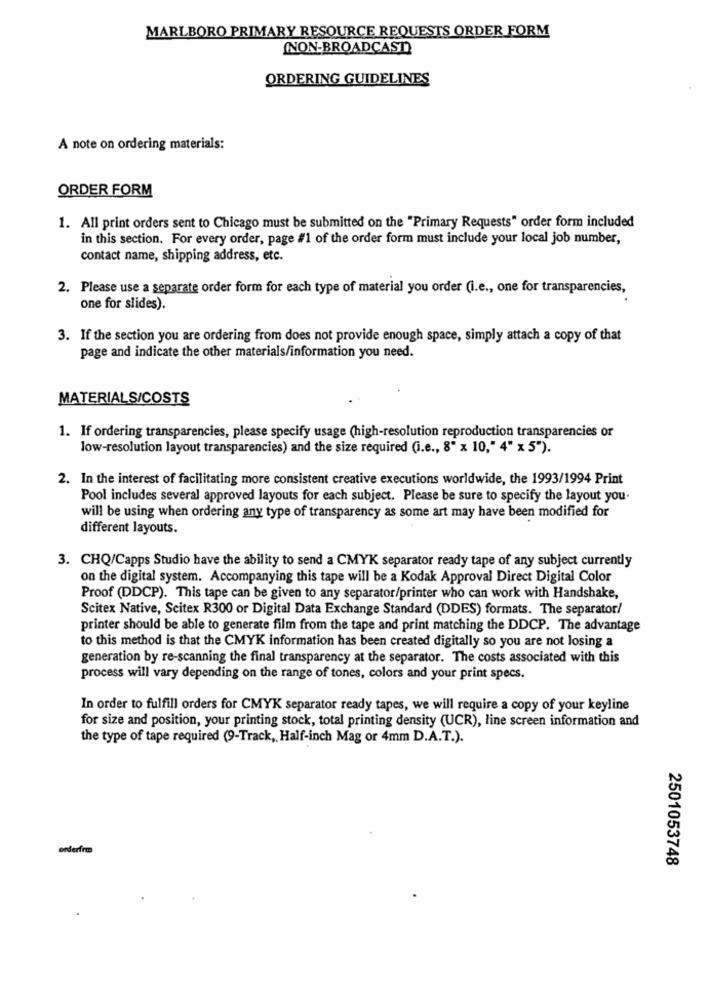
MARLBORO PRIMARY RESOURCE REQUESTS ORDER FORM
(NON-BROADCAST)
ORDERING GUIDELINES
A note on ordering materials:
ORDER FORM
1. All print orders sent to Chicago must be submitted on the "Primary Requests" order form included
in this section. For every order, page #1 of the order form must include your local job number,
contact name, shipping address, etc.
2. Please use a separate order form for each type of material you order (i.e ., one for transparencies,
one for slides).
3. If the section you are ordering from does not provide enough space, simply attach a copy of that
page and indicate the other materials/information you need.
MATERIALS/COSTS
1. If ordering transparencies, please specify usage (high-resolution reproduction transparencies or
low-resolution layout transparencies) and the size required (i.e ., 8" x 10," 4" x 5").
2. In the interest of facilitating more consistent creative executions worldwide, the 1993/1994 Print
Pool includes several approved layouts for each subject. Please be sure to specify the layout you.
will be using when ordering any type of transparency as some art may have been modified for
different layouts.
3. CHQ/Capps Studio have the ability to send a CMYK separator ready tape of any subject currently
on the digital system. Accompanying this tape will be a Kodak Approval Direct Digital Color
Proof (DDCP). This tape can be given to any separator/printer who can work with Handshake,
Scitex Native, Scitex R300 or Digital Data Exchange Standard (DDES) formats. The separator/
printer should be able to generate film from the tape and print matching the DDCP. The advantage
to this method is that the CMYK information has been created digitally so you are not losing a
generation by re-scanning the final transparency at the separator. The costs associated with this
process will vary depending on the range of tones, colors and your print specs.
In order to fulfill orders for CMYK separator ready tapes, we will require a copy of your keyline
for size and position, your printing stock, total printing density (UCR), line screen information and
the type of tape required (9-Track, Half-inch Mag or 4mm D.A.T.).
orderfra
2501053748